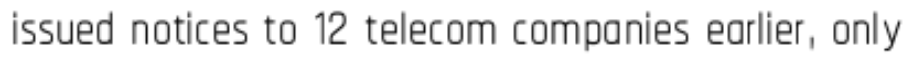
issued notices to 12 telecom companies earlier, only